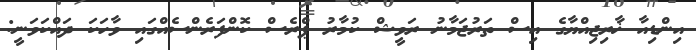
އިންޑިއާ ޚާރިޖިއްޔާގެ އިސް ތަރުޖަމާނު ރަވީޝް ކުމާރު ޕްރެސް ކޮންފަރެންސެއްގައި ވާހަކަ ދައްކަވަނީ: